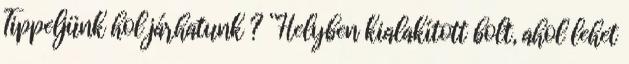
Tippeljünk hol járhatunk ? “Helyben kialakított bolt, ahol lehet